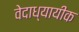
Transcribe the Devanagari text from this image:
वेदाध्यायीक